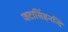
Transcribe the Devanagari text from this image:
जटासिंहनन्दि